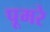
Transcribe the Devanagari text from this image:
पूमरे